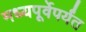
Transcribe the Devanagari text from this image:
मध्यपूर्वेपर्यंत